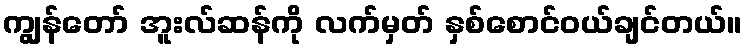
ကျွန်တော် အူးလ်ဆန်ကို လက်မှတ် နှစ်စောင်ဝယ်ချင်တယ်။